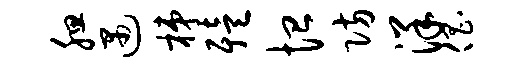
腮遇梯殪恤防洋倡